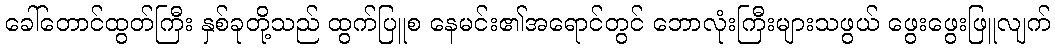
ခေါ်တောင်ထွတ်ကြီး နှစ်ခုတို့သည် ထွက်ပြူစ နေမင်း၏အရောင်တွင် ဘောလုံးကြီးများသဖွယ် ဖွေးဖွေးဖြူလျက်